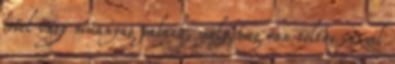
fotel vagy műanyag palack, mely meg van töltve vízzel